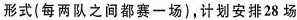
形式(每两队之间都赛一场)，计划安排28场